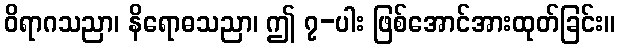
ဝိရာဂသညာ၊ နိရောဓသညာ၊ ဤ ၇-ပါး ဖြစ်အောင်အားထုတ်ခြင်း။